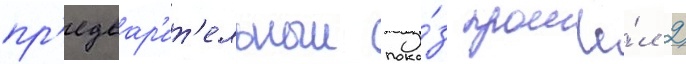
пр'едвар'ит'ельныи пока́з прошё́л 2